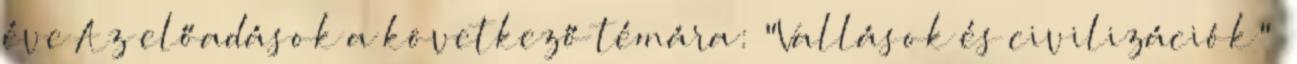
éve Az előadások a következő témára: "Vallások és civilizációk"—